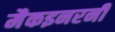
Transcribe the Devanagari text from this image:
मैकइनरनी